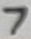
Text: 7